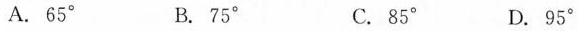
A.65°B.75°C.85°D.95°